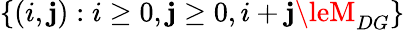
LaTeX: \{ (i,\mathbf{j}):i\ge0,\mathbf{j}\ge0,i+\mathbf{j}\leM_{DG}\}